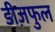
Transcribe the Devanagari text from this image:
डीज़फुल